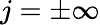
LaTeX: j=\pm\infty